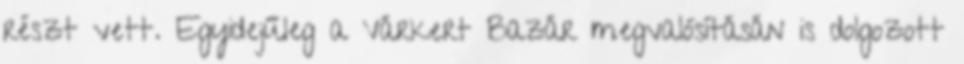
részt vett. Egyidejűleg a Várkert Bazár megvalósításán is dolgozott